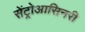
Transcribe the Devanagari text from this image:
सेंट्रोआसिनरी